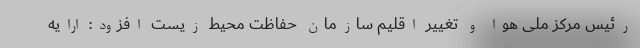
رئیس مرکز ملی هوا و تغییر اقلیم سازمان حفاظت محیط زیست افزود: ارایه